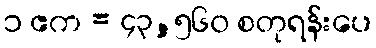
၁ ဧက = ၄၃,၅၆၀ စတုရန်းပေ